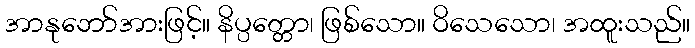
အာနုဘော်အားဖြင့်။ နိပ္ပတ္တော၊ ဖြစ်သော။ ဝိသေသော၊ အထူးသည်။